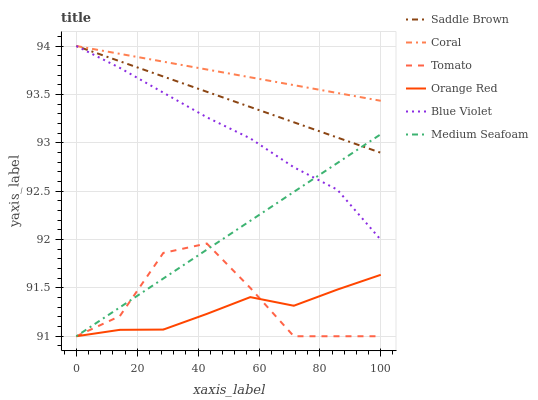
| xaxis_label | Saddle Brown | Coral | Tomato | Orange Red | Blue Violet | Medium Seafoam |
 | --- | --- | --- | --- | --- | --- | --- |
 | 0 | 94 | 94 | 91 | 91 | 94 | 91 |
 | 14.3 | 93.8 | 93.9 | 91.2 | 91.1 | 93.8 | 91.3 |
 | 28.6 | 93.7 | 93.8 | 91.9 | 91.1 | 93.5 | 91.6 |
 | 42.9 | 93.5 | 93.8 | 92 | 91.2 | 93.3 | 91.9 |
 | 57.1 | 93.4 | 93.7 | 91.5 | 91.4 | 93 | 92.2 |
 | 71.4 | 93.2 | 93.6 | 91 | 91.3 | 92.7 | 92.5 |
 | 85.7 | 93.1 | 93.5 | 91 | 91.5 | 92.5 | 92.8 |
 | 100 | 92.9 | 93.4 | 91 | 91.6 | 92 | 93.1 |